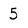
Character: 5